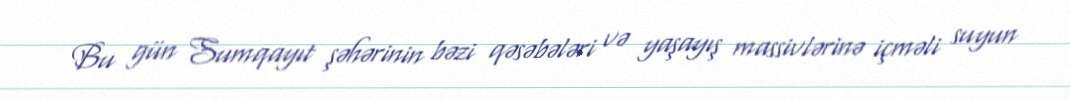
Bu gün Sumqayıt şəhərinin bəzi qəsəbələri və yaşayış massivlərinə içməli suyun